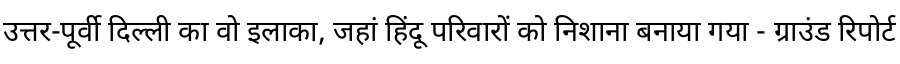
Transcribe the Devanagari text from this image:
उत्तर-पूर्वी दिल्ली का वो इलाका, जहां हिंदू परिवारों को निशाना बनाया गया - ग्राउंड रिपोर्ट